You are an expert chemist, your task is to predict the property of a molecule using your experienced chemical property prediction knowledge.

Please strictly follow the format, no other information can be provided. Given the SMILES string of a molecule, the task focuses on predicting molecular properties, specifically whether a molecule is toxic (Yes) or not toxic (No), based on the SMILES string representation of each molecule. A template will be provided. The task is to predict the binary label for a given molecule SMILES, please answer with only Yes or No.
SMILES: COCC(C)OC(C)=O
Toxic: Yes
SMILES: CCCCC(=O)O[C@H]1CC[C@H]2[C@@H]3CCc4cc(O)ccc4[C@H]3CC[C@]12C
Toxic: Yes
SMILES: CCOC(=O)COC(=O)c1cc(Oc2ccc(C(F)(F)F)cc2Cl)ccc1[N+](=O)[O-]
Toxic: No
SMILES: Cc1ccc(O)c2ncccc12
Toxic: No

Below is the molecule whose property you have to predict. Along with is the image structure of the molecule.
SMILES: C=C(C)C(=O)OCC1CCCO1
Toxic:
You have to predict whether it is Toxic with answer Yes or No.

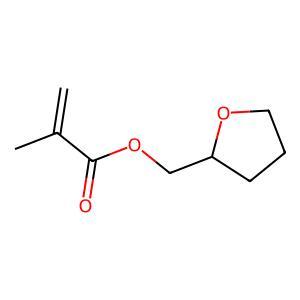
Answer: No